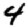
Digit: 4